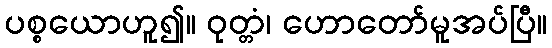
ပစ္စယောဟူ၍။ ဝုတ္တံ၊ ဟောတော်မူအပ်ပြီ။